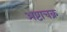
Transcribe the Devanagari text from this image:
अष्टाचक्र